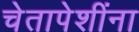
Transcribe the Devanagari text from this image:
चेतापेशींना